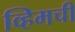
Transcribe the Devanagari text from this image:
व्हिमची